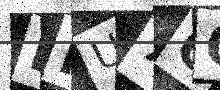
Text: LHU7CQ